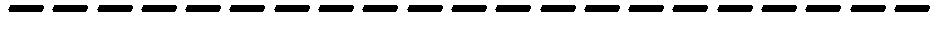
---------------------